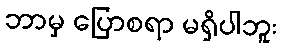
ဘာမှ ပြောစရာ မရှိပါဘူး